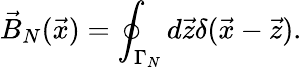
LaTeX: \vec{B}_{N}(\vec{x})=\oint_{\Gamma_{N}}d\vec{z}\delta(\vec{x}-\vec{z}).